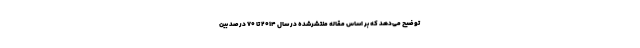
توضیح می‌دهد که بر اساس مقاله‌ منتشرشده در سال ۲۰۱۴ تا ۷۰ درصد بین